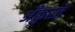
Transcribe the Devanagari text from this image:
अँकुरते